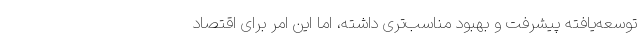
توسعه‌یافته پیشرفت و بهبود مناسب‌تری داشته، اما این امر برای اقتصاد